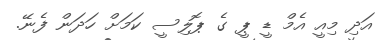
އަދި މިއީ އެމް ޑީ ޕީ ގެ ޕޮލިސީ ކަމަށް ހަދަން ފެނޭ.